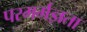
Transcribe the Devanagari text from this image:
परमर्मज्ञता